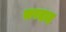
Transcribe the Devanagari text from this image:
सरदाद